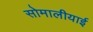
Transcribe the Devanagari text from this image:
सोमालीयाई